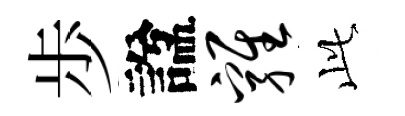
歩諡鸡𬼘